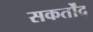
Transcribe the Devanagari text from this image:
सकर्तोंद